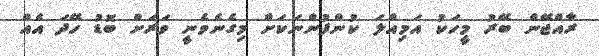
ރާއްޖޭން ބޭރު މީހަކު އަމިއްލަ ކުންފުންނަކަށް މިގެނެވެނީ ވަރަށް ބޮޑު ހޭދަ އެއް